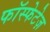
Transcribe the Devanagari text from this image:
फॉस्फेटेज़